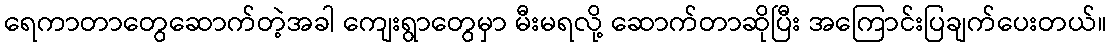
ရေကာတာတွေဆောက်တဲ့အခါ ကျေးရွာတွေမှာ မီးမရလို့ ဆောက်တာဆိုပြီး အကြောင်းပြချက်ပေးတယ်။